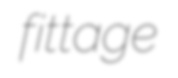
fittage